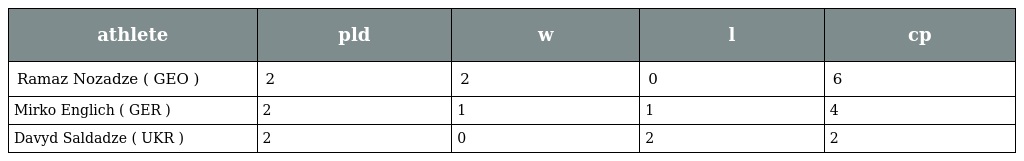
| athlete | pld | w | l | cp |
 | --- | --- | --- | --- | --- |
 | Ramaz Nozadze ( GEO ) | 2 | 2 | 0 | 6 |
 | Mirko Englich ( GER ) | 2 | 1 | 1 | 4 |
 | Davyd Saldadze ( UKR ) | 2 | 0 | 2 | 2 |